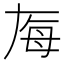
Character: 𬆶